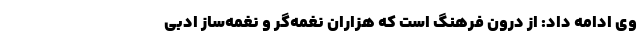
وی ادامه داد: از درون فرهنگ است که هزاران نغمه‌گر و نغمه‌ساز ادبی